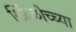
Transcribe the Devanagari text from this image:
शिंदळीच्च्या